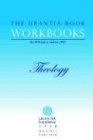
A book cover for The Urantia Book Workbooks: Volume 5 - Theology; William Sadler; Religion & Spirituality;